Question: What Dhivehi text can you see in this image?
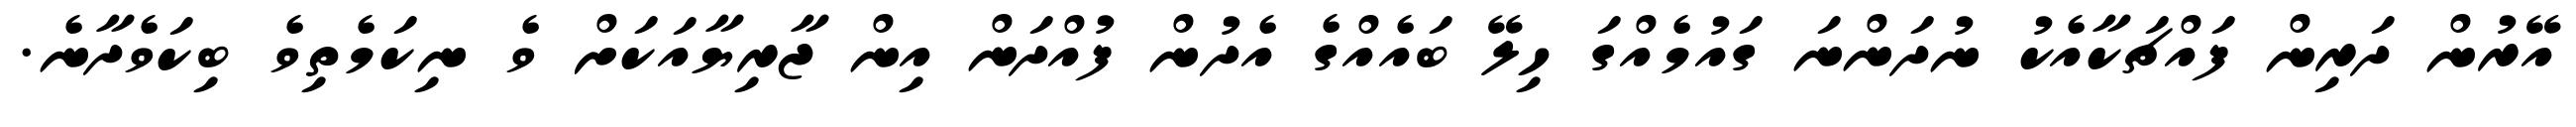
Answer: އޭރުން ދަރިން ފައްޗަކާއެކު ނުދަންނަ ގައުމެއްގަ ހިލޭ ބައެއްގެ އެދުން ފުއްދަން އިން ޖާރިޔާއަކަށް ވެ ނިކަމެތިވެ ބިކަވެދާނެ.